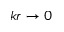
k r \to 0